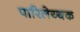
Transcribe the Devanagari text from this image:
पारिलेय्यक